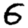
Digit: 5